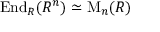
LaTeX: \operatorname { E n d } _ { R } ( R ^ { n } ) \simeq \operatorname { M } _ { n } ( R )